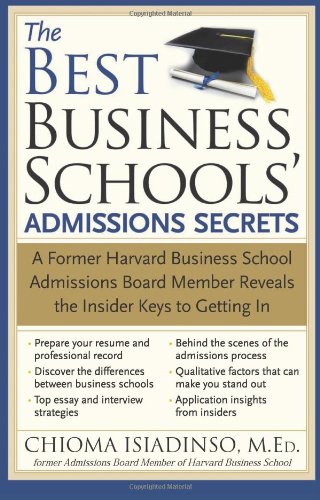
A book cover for The Best Business Schools' Admissions Secrets: A Former Harvard Business School Admissions Board Member Reveals the Insider Keys to Getting In; Chioma Isiadinso; Education & Teaching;